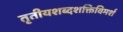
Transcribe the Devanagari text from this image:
तृतीयशब्दशक्तिविमर्श